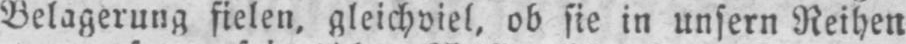
Belagerung fielen, gleichviel, ob sie in unsern Reihen